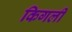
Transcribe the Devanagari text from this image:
किगली